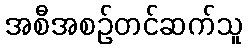
အစီအစဉ်တင်ဆက်သူ